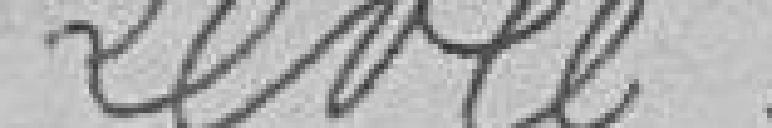
Levée